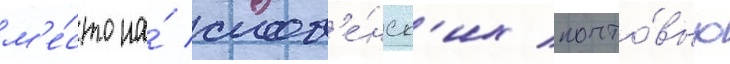
м'е́сто на́ слов'е́нск'их почто́вых